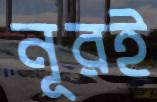
নূরই